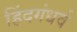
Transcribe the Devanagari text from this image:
हिंदगंधर्व